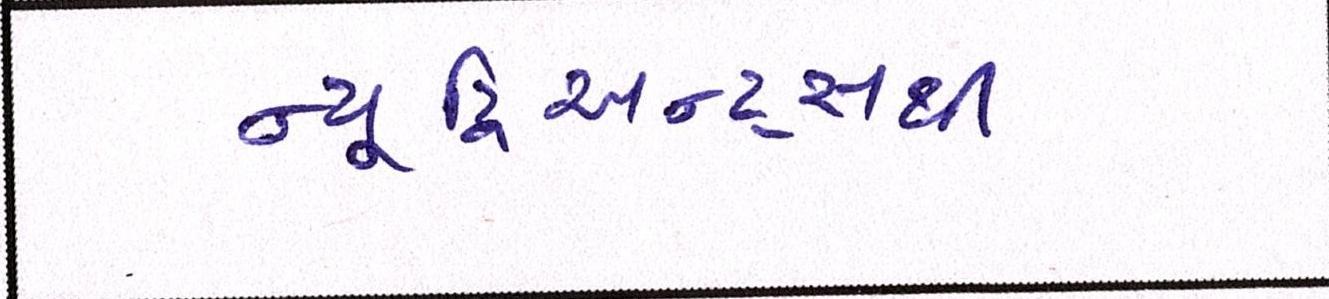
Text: ન્યૂટ્રિઅન્ટ્સથી